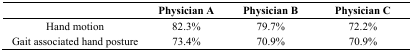
<table><thead><tr><td></td><td><b>Physician A</b></td><td><b>Physician B</b></td><td><b>Physician C</b></td></tr></thead><tbody><tr><td>Hand motion</td><td>82.3%</td><td>79.7%</td><td>72.2%</td></tr><tr><td>Gait associated hand posture</td><td>73.4%</td><td>70.9%</td><td>70.9%</td></tr></tbody></table>